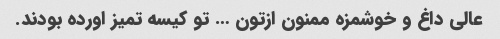
عالی داغ و خوشمزه ممنون ازتون … تو کیسه تمیز اورده بودند.